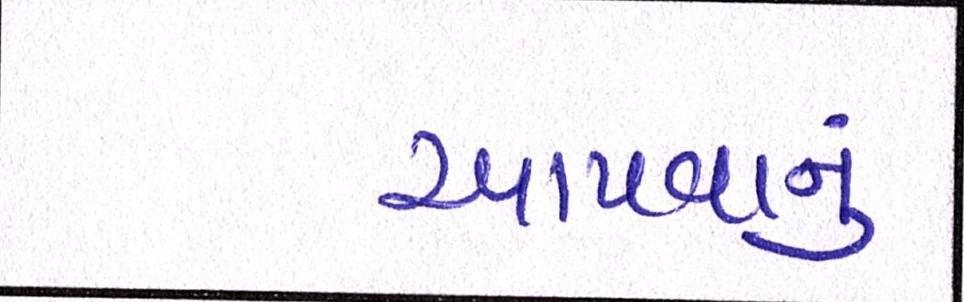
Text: આપવાનું